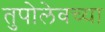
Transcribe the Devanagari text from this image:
तुपोलेवच्या